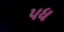
પધ